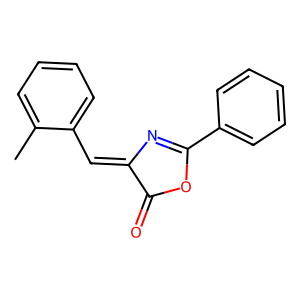
SMILES: Cc1ccccc1C=C1N=C(c2ccccc2)OC1=O
Inhibits HIV replication: No